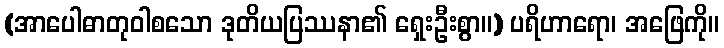
(အာပေါဓာတုဝါစသော ဒုတိယပြဿနာ၏ ရှေးဦးစွာ။) ပရိဟာရော၊ အဖြေကို။